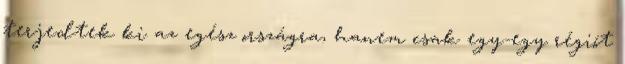
terjedtek ki az egész országra, hanem csak egy-egy régiót